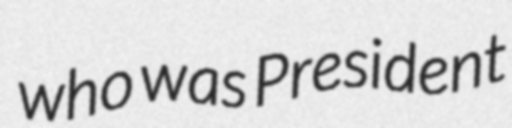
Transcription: who was President